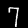
Digit: 7